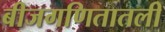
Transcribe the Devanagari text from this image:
बीजगणितातली